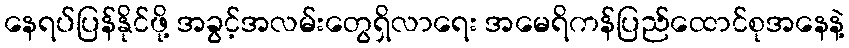
နေရပ်ပြန်နိုင်ဖို့ အခွင့်အလမ်းတွေရှိလာရေး အမေရိကန်ပြည်ထောင်စုအနေနဲ့